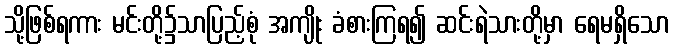
သို့ဖြစ်ရကား မင်းတို့၌သာပြည့်စုံ အကျိုး ခံစားကြရ၍ ဆင်းရဲသားတို့မှာ ရေမရှိသော